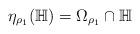
LaTeX: \begin{align*}\eta_{\rho_{1}}(\mathbb{H})=\Omega_{\rho_{1}}\cap\mathbb{H}\end{align*}